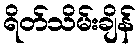
ရိတ်သိမ်းချိန်